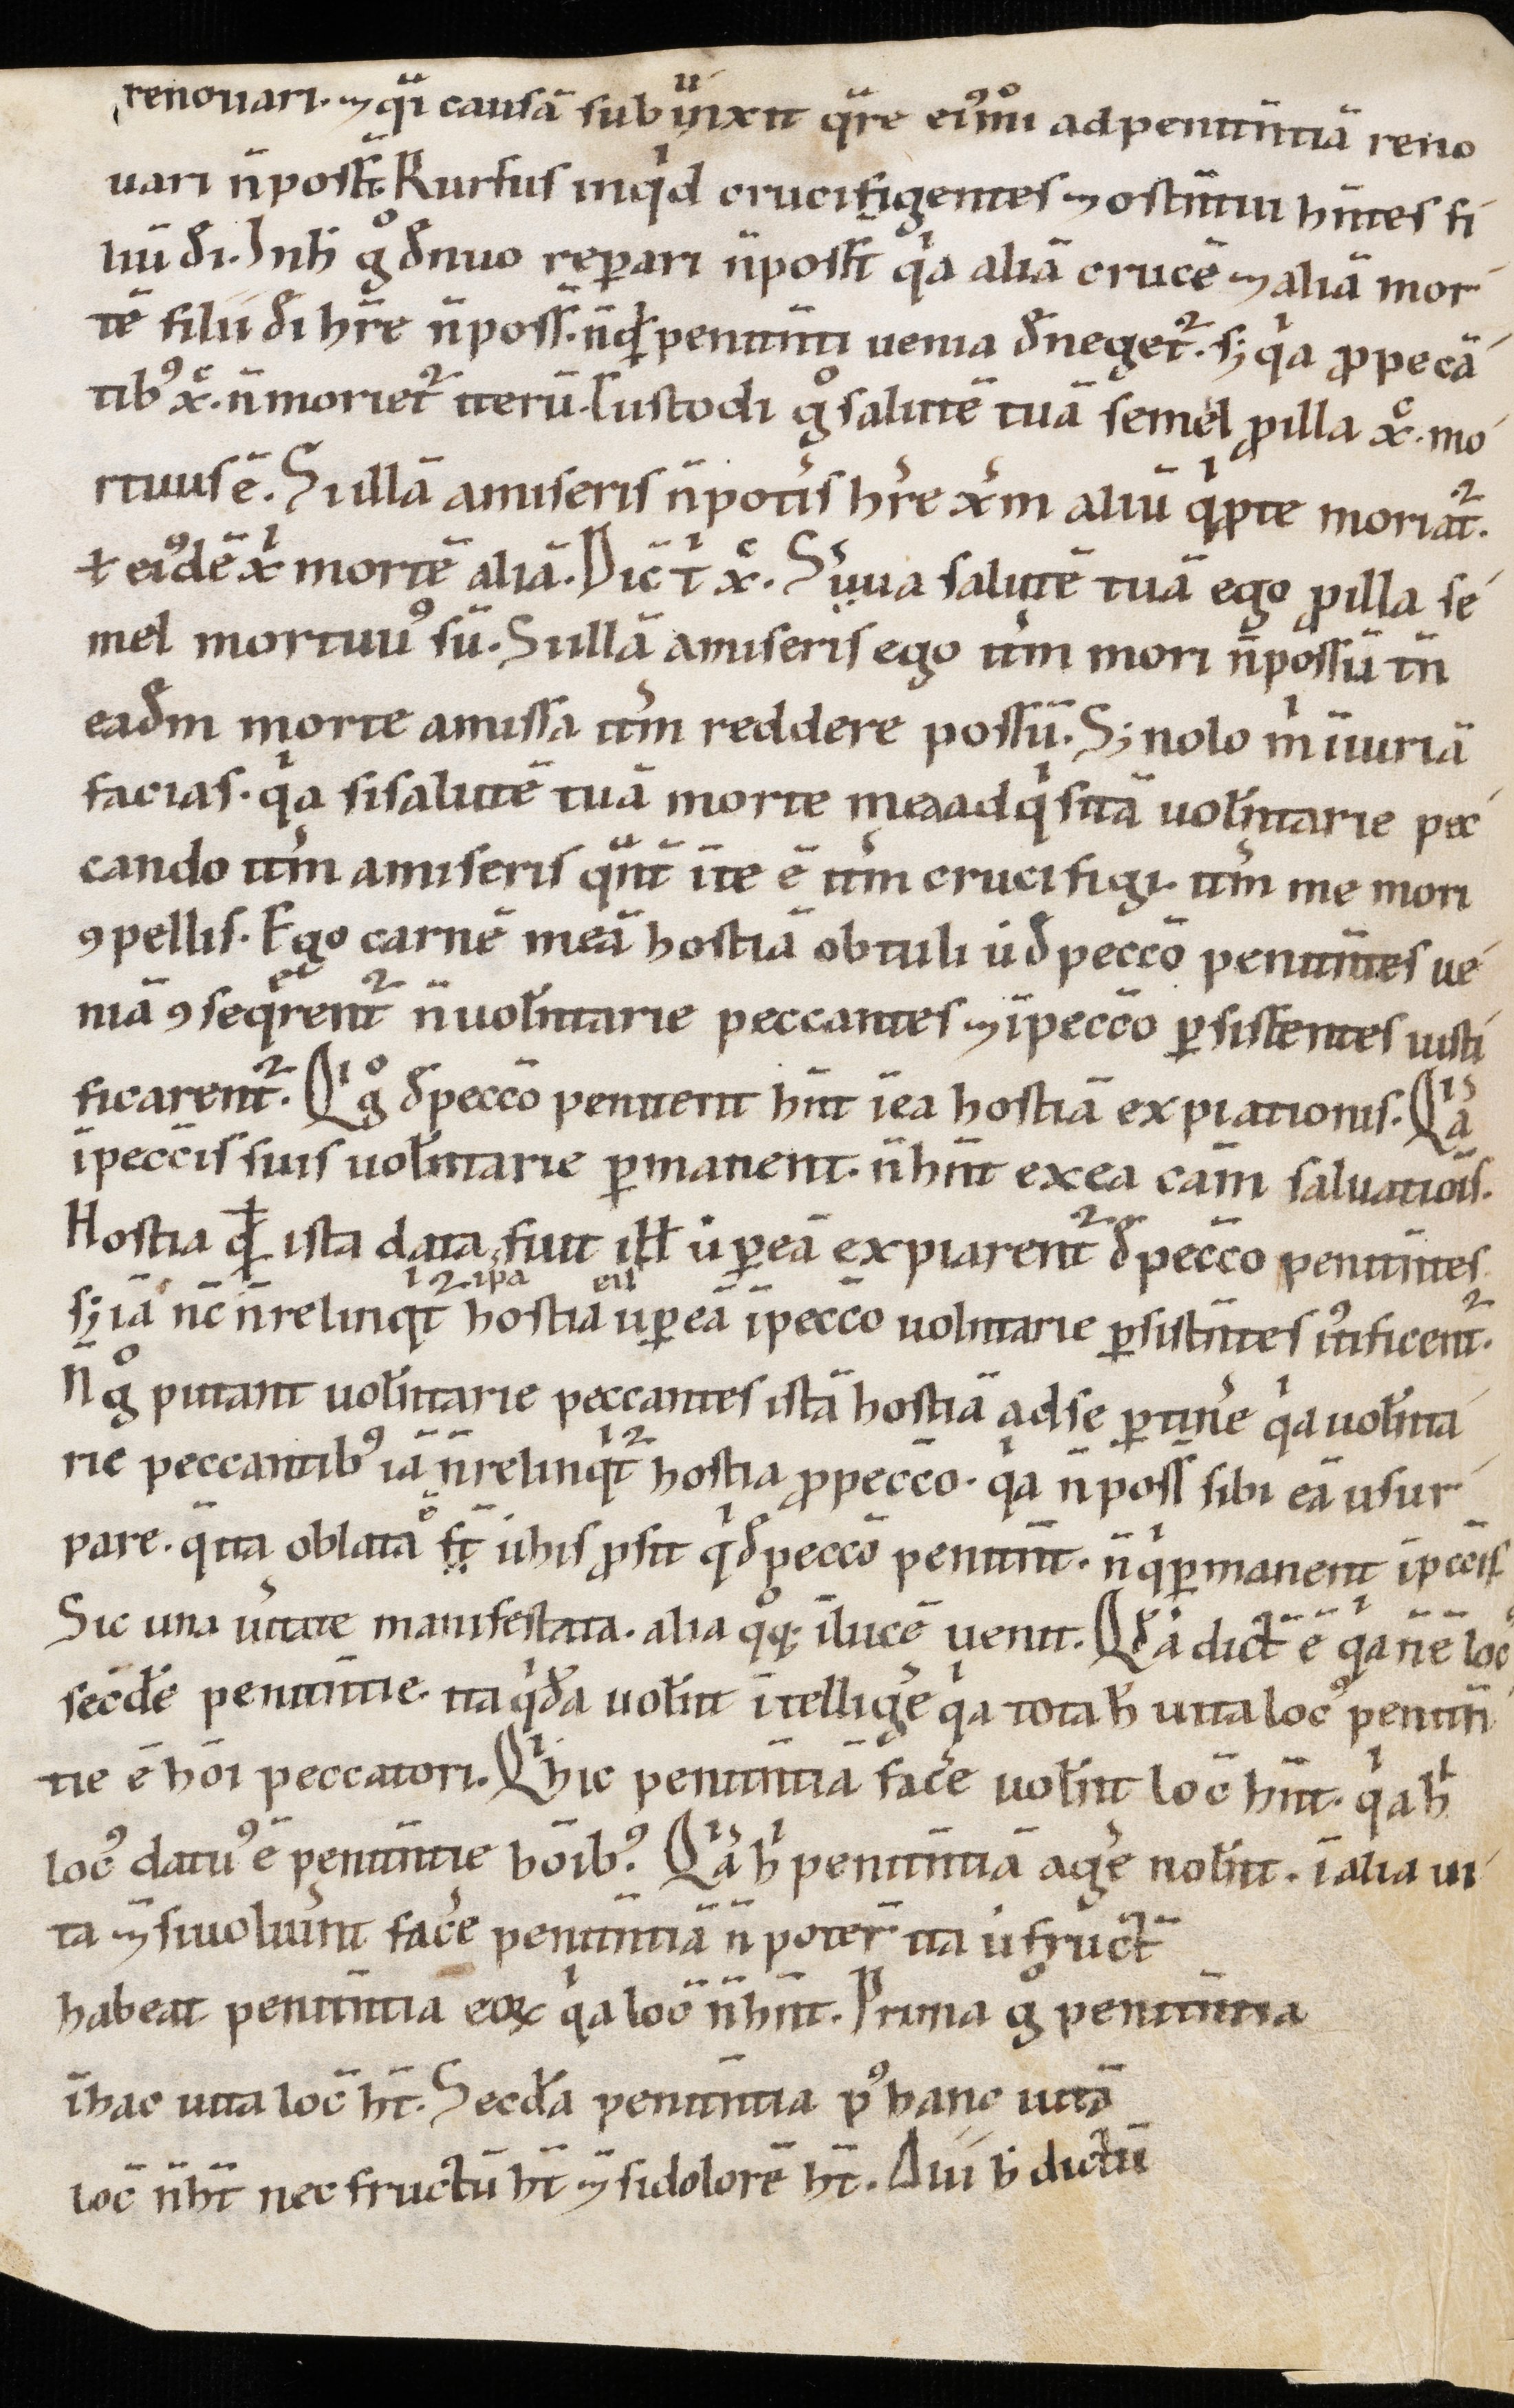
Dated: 1100–1199